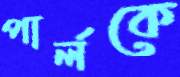
পার্লকে